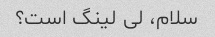
سلام، لی لینگ است؟